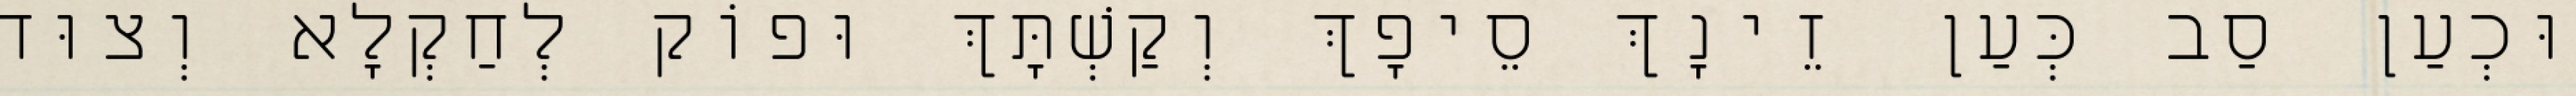
וּכְעַן סַב כְּעַן זֵינָךְ סֵיפָךְ וְקַשְׁתָּךְ וּפוֹק לְחַקְלָא וְצוּד